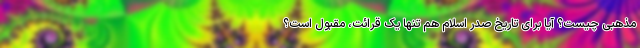
مذهبی چیست؟ آیا برای تاریخ صدر اسلام هم تنها یک قرائت، مقبول است؟